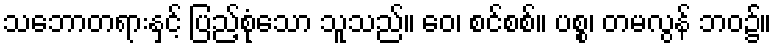
သဘောတရားနှင့် ပြည့်စုံသော သူသည်။ ဝေ၊ စင်စစ်။ ပစ္စ၊ တမလွန် ဘဝ၌။